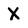
Character: X